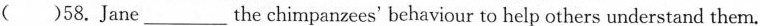
( )58.Jane___ the chimpanzees' behaviour to help others understand them.